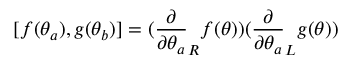
[ f ( \theta _ { a } ) , g ( \theta _ { b } ) ] = ( \frac { \partial } { \partial \theta _ { a } } _ { R } f ( \theta ) ) ( \frac { \partial } { \partial \theta _ { a } } _ { L } g ( \theta ) ) \,